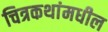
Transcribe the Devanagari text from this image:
चित्रकथांमधील